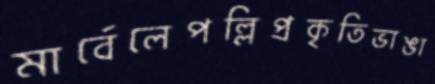
মার্বেলেপল্লিপ্রকৃতিভাঙা